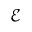
\mathcal { E }